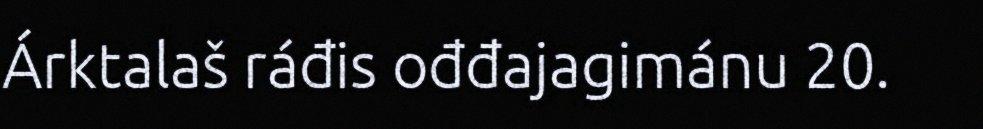
Árktalaš ráđis ođđajagimánu 20.